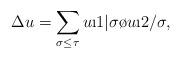
LaTeX: \begin{align*}\Delta u = \sum_{\sigma\leq\tau}u\i1|\sigma \o u\i2/\sigma,\end{align*}